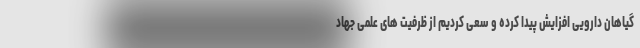
گیاهان دارویی افزایش پیدا کرده و سعی کردیم از ظرفیت های علمی جهاد